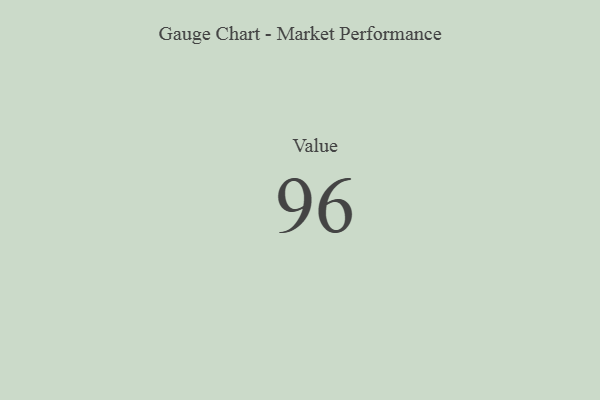
{"axis": {"x": "Metric", "y": "Value"}, "legend": [""], "data": [{"x": "Value", "y": 96, "type": ""}]}